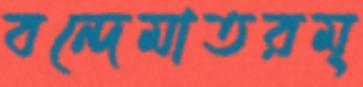
বন্দেমাতরম্